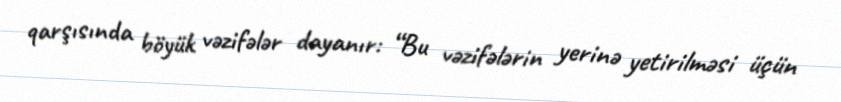
qarşısında böyük vəzifələr dayanır: “Bu vəzifələrin yerinə yetirilməsi üçün